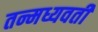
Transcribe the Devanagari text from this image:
तन्मध्यवर्ती